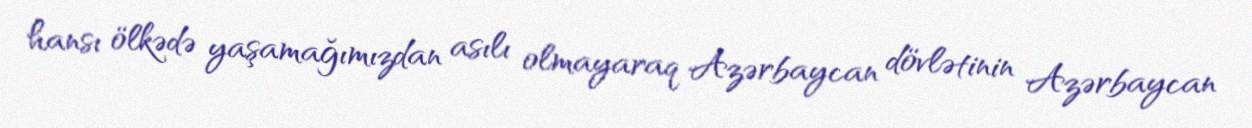
hansı ölkədə yaşamağımızdan asılı olmayaraq Azərbaycan dövlətinin Azərbaycan